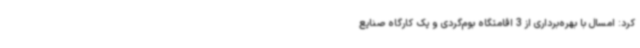
کرد: امسال با بهره‌برداری از 3 اقامتگاه بوم‌گردی و یک کارگاه صنایع‌